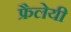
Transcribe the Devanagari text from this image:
फ्रैलेयी